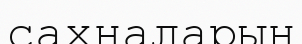
сахналарын